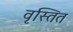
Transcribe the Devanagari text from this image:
वृस्तित